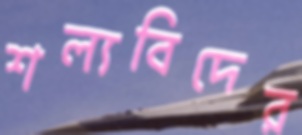
শল্যবিদের